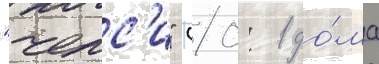
"челс'и" (0: 1 до́ма